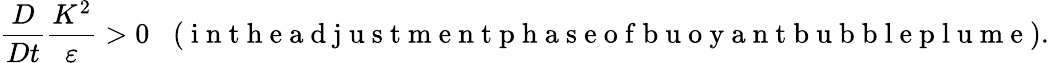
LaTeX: \frac{D}{Dt}\frac{K^{2}}{\varepsilon}>0\; \; \; (\mathrm{~i~n~t~h~e~a~d~j~u~s~t~m~e~n~t~p~h~a~s~e~o~f~b~u~o~y~a~n~t~b~u~b~b~l~e~p~l~u~m~e~}).